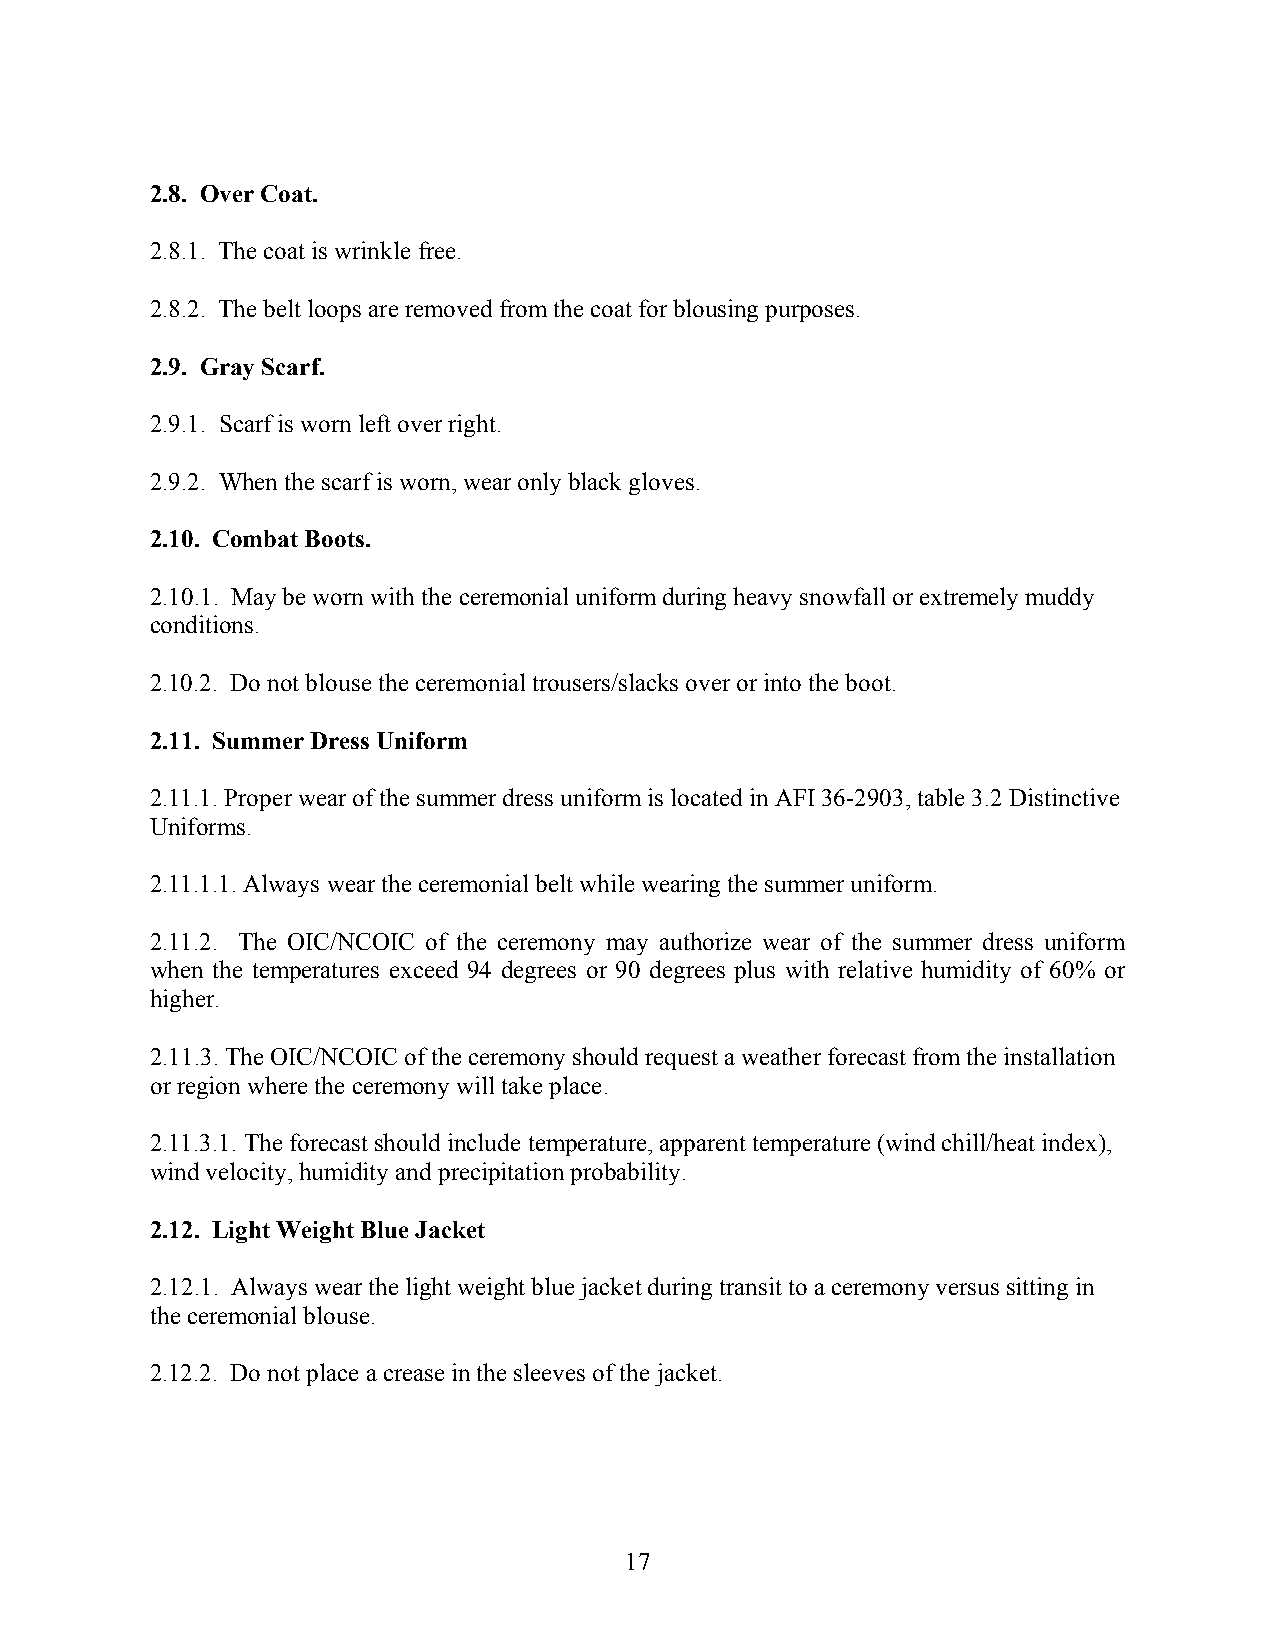
2.8. Over Coat.
 2.8.1. The coat is wrinkle free.
 2.8.2. The belt loops are removed from the coat for blousing purposes.
 2.9. Gray Scarf.
 2.9.1. Scarf is worn left over right.
 2.9.2. When the scarf is worn, wear only black gloves.
 2.10. Combat Boots.
 2.10.1. May be worn with the ceremonial uniform during heavy snowfall or extremely muddy
 conditions.
 2.10.2. Do not blouse the ceremonial trousers/slacks over or into the boot.
 2.11. Summer Dress Uniform
 2.11.1. Proper wear of the summer dress uniform is located in AFI 36-2903, table 3.2 Distinctive
 Uniforms.
 2.11.1.1. Always wear the ceremonial belt while wearing the summer uniform.
 2.11.2. The OIC/NCOIC of the ceremony may authorize wear of the summer dress uniform
 when the temperatures exceed 94 degrees or 90 degrees plus with relative humidity of 60% or
 higher.
 2.11.3. The OIC/NCOIC of the ceremony should request a weather forecast from the installation
 or region where the ceremony will take place.
 2.11.3.1. The forecast should include temperature, apparent temperature (wind chill/heat index),
 wind velocity, humidity and precipitation probability.
 2.12. Light Weight Blue Jacket
 2.12.1. Always wear the light weight blue jacket during transit to a ceremony versus sitting in
 the ceremonial blouse.
 2.12.2. Do not place a crease in the sleeves of the jacket.
 17